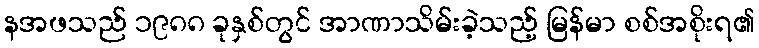
နအဖသည် ၁၉၈၈ ခုနှစ်တွင် အာဏာသိမ်းခဲ့သည့် မြန်မာ စစ်အစိုးရ၏